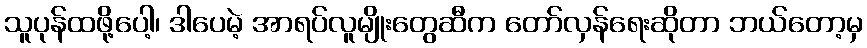
သူပုန်ထဖို့ပေါ့၊ ဒါပေမဲ့ အာရပ်လူမျိုးတွေဆီက တော်လှန်ရေးဆိုတာ ဘယ်တော့မှ